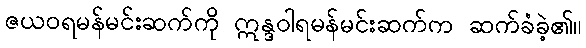
ဇယဝရမန်မင်းဆက်ကို ဣန္ဒဝါရမန်မင်းဆက်က ဆက်ခံခဲ့၏။